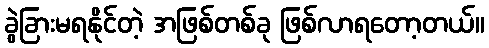
ခွဲခြားမရနိုင်တဲ့ အဖြစ်တစ်ခု ဖြစ်လာရတော့တယ်။